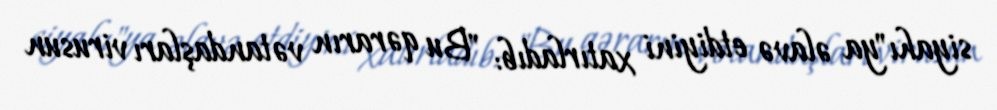
siyahı"ya əlavə etdiyini xatırladıb: "Bu qərarın vətandaşları virusun